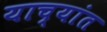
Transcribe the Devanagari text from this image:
याच्यांत